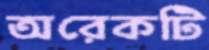
অরেকটি